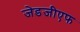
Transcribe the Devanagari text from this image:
जेडजीएफ